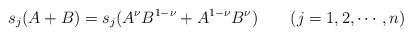
LaTeX: \begin{align*}s_j(A+B)=s_j(A^{\nu}B^{1-\nu}+A^{1-\nu}B^{\nu})\qquad(j=1,2,\cdots, n) \end{align*}